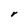
Character: r